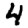
Digit: 4